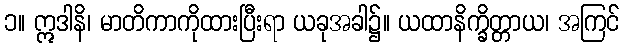
၁။ ဣဒါနိ၊ မာတိကာကိုထားပြီးရာ ယခုအခါ၌။ ယထာနိက္ခိတ္တာယ၊ အကြင်